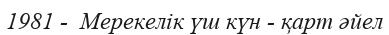
1981 -  Мерекелік үш күн - қарт әйел